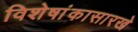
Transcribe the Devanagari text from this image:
विशेषांकासारखे